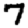
Digit: 7